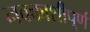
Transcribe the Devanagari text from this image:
नक्काशीपूर्ण